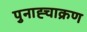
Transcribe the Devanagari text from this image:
पुनाह्चाक्रण